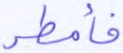
فأمطر